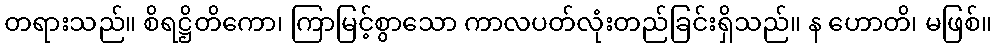
တရားသည်။ စိရဋ္ဌိတိကော၊ ကြာမြင့်စွာသော ကာလပတ်လုံးတည်ခြင်းရှိသည်။ န ဟောတိ၊ မဖြစ်။